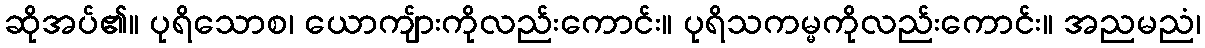
ဆိုအပ်၏။ ပုရိသောစ၊ ယောကျ်ားကိုလည်းကောင်း။ ပုရိသကမ္မကိုလည်းကောင်း။ အညမညံ၊